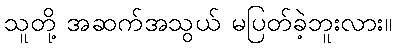
သူတို့ အဆက်အသွယ် မပြတ်ခဲ့ဘူးလား။